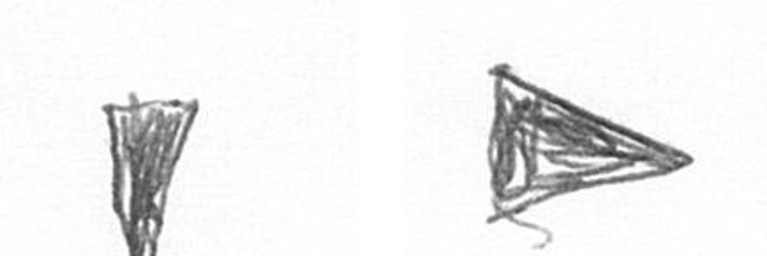
J T